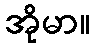
အိုမာ။